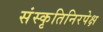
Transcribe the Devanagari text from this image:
संस्कृतिनिरपेक्ष